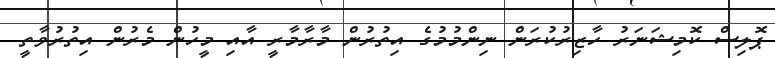
ޕޮލިސް ކޮމިޝަނަރު ހާޒިރުކުރަން ނިންމުމުގެ އިތުރުން މާރާމާރީ އާއި މީހުން މެރުން އިތުރުވާތީ